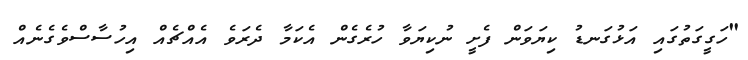
"ހަގީގަތުގައި އަޅުގަނޑު ކިޔަވަން ފެށީ ނުކިޔަވާ ހުރެގެން އެކަމާ ދެރަވެ އެއްޗެއް އިހުސާސްވެގެނެއް